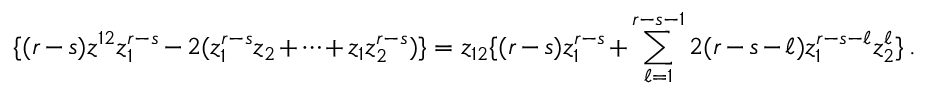
\{ ( r - s ) z ^ { 1 2 } z _ { 1 } ^ { r - s } - 2 ( z _ { 1 } ^ { r - s } z _ { 2 } + \cdots + z _ { 1 } z _ { 2 } ^ { r - s } ) \} = z _ { 1 2 } \{ ( r - s ) z _ { 1 } ^ { r - s } + \sum _ { \ell = 1 } ^ { r - s - 1 } 2 ( r - s - \ell ) z _ { 1 } ^ { r - s - \ell } z _ { 2 } ^ { \ell } \} \, .